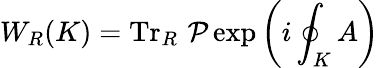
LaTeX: W_{R}(K)=\operatorname{Tr}_{R}\, {\mathcal{P}}\exp\left(i\oint_{K}A\right)